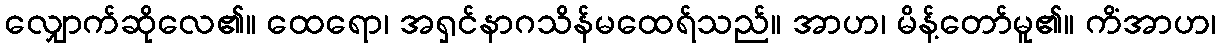
လျှောက်ဆိုလေ၏။ ထေရော၊ အရှင်နာဂသိန်မထေရ်သည်။ အာဟ၊ မိန့်တော်မူ၏။ ကိံအာဟ၊